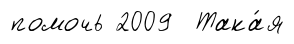
помочь 2009 Така́я